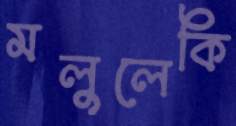
মলুলেকি